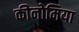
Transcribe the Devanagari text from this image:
कीनोमिया